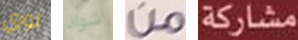
لوري شواذ من مشاركة